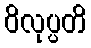
ဝိလုပ္ပတိ